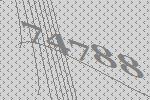
74788